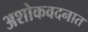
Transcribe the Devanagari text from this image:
अशोकवदनात